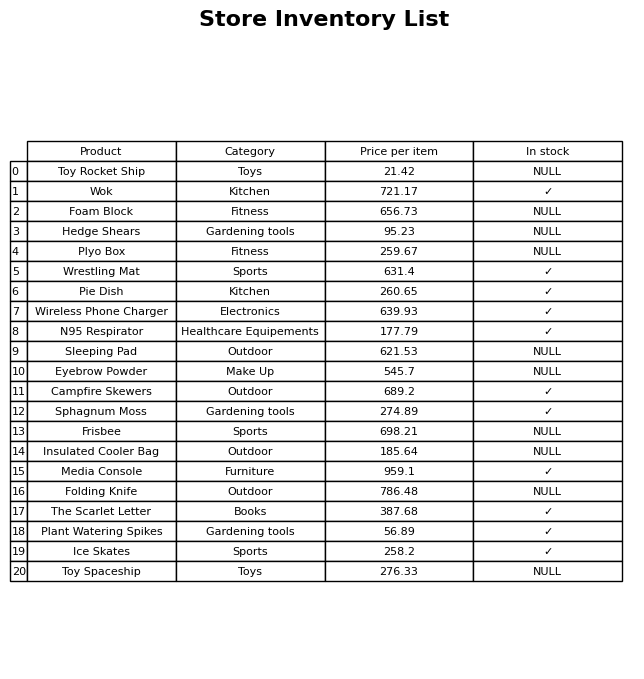
question: Which products are currently out of stock?
answer: Toy Rocket Ship, Foam Block, Hedge Shears, Plyo Box, Sleeping Pad, Eyebrow Powder, Frisbee, Insulated Cooler Bag, Folding Knife, Toy Spaceship